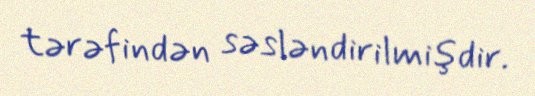
tərəfindən səsləndirilmişdir.